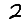
Digit: 2